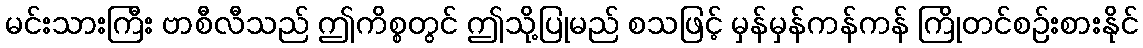
မင်းသားကြီး ဗာစီလီသည် ဤကိစ္စတွင် ဤသို့ပြုမည် စသဖြင့် မှန်မှန်ကန်ကန် ကြိုတင်စဉ်းစားနိုင်